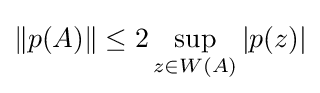
\|p(A)\|\leq 2\sup _{z\in W(A)}|p(z)|